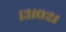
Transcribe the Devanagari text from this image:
१३१०२१